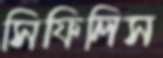
সিফিলিস